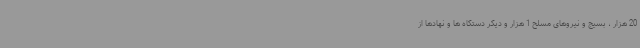
20 هزار ، بسیج و نیروهای مسلح 1 هزار و دیگر دستگاه ها و نهادها از